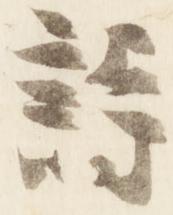
詩